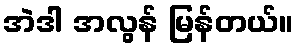
အဲဒါ အလွန် မြန်တယ်။